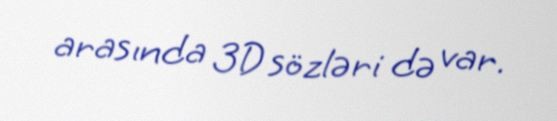
arasında 3D sözləri də var.